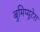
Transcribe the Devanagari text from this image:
बुमिप्यूटेरा